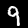
Label: 9